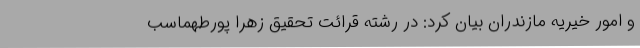
و امور خیریه مازندران بیان کرد: در رشته قرائت تحقیق زهرا پورطهماسب